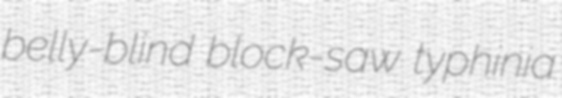
belly-blind block-saw typhinia